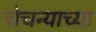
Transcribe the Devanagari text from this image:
चेचन्याच्या